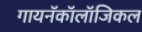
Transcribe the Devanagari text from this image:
गायनॅकॉलॉजिकल